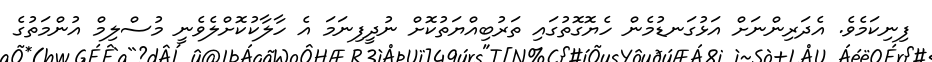
ފިނިކަމެވެ. އެދަރިންނަށް އަޅުގަނޑުމެން ހެޔޮގޮތުގައި ތަރުބިއްޔަތުކޮށް ނުދީފިނަމަ އެ ހާލާކުކޮށްލެވެނީ މުސްލިމް އުންމަތުގެ